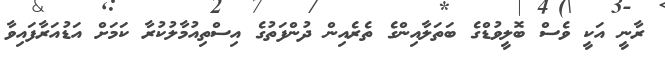
ރާނީ އަކީ ވެސް ބޮލީވުޑްގެ ބަތަލާއިންގެ ތެރެއިން ދުންފަތުގެ އިސްތިއުމާލުކުރާ ކަމަށް އަޑުއަރާފައިވާ